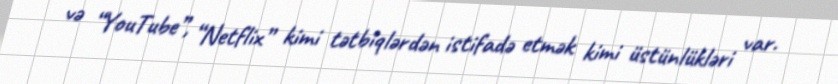
və “YouTube”, “Netflix” kimi tətbiqlərdən istifadə etmək kimi üstünlükləri var.